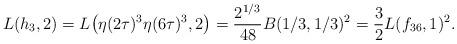
LaTeX: \begin{gather*}L(h_3, 2)= L\big(\eta(2\tau)^3\eta(6\tau)^3,2\big)=\frac{2^{1/3}}{48} B(1/3,1/3)^2=\frac{3}{2}L(f_{36},1)^2.\end{gather*}